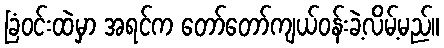
ခြံဝင်းထဲမှာ အရင်က တော်တော်ကျယ်ဝန်းခဲ့လိမ့်မည်။